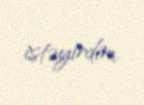
istəyirdim.